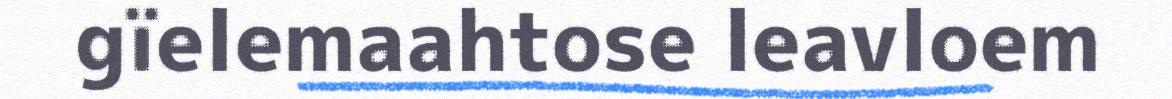
gïelemaahtose leavloem